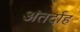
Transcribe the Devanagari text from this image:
अंतर्दाह